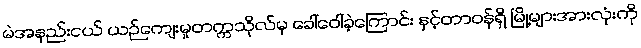
မဲအနည်းငယ် ယဉ်ကျေးမှုတက္ကသိုလ်မှ ခေါ်ဝေါ်ခဲ့ကြောင်း နှင့်တာဝန်ရှိ မြို့များအားလုံးကို